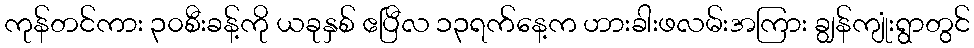
ကုန်တင်ကား ၃၀စီးခန့်ကို ယခုနှစ် ဧပြီလ ၁၃ရက်နေ့က ဟားခါးဖလမ်းအကြား ချွန်ကျုံးရွာတွင်